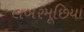
લબરમૂછિયા